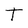
Character: T